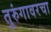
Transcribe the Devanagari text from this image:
तुरुंगावरचा